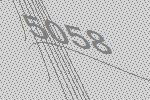
5058